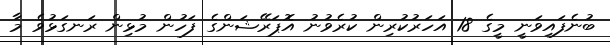
ބުނެފައިވަނީ މީގެ 18 އަހަރުކުރިން ކުރެވުނު އޮޕަރޭޝަންގެ ފަހުން މުޅިން ރަނގަޅުވެ މާ